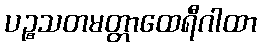
ပဉ္စသတမတ္တာထေရီဂါထာ